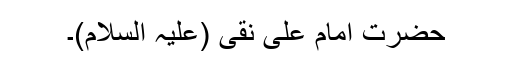
حضرت امام علی نقی (علیہ السلام)۔